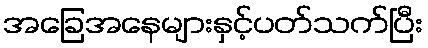
အခြေအနေများနှင့်ပတ်သက်ပြီး